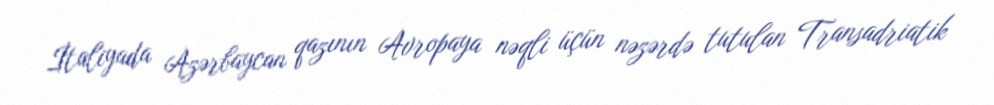
İtaliyada Azərbaycan qazının Avropaya nəqli üçün nəzərdə tutulan Transadriatik